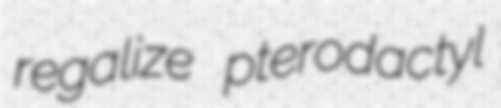
regalize pterodactyl